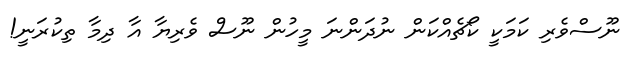
ނޫސްވެރި ކަމަކީ ކޯޗެއްކަން ނުދަންނަ މީހުން ނޫސް ވެރިޔާ އާ ދިމާ ތިކުރަނީ!